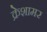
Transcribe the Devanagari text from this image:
क्रेशामर